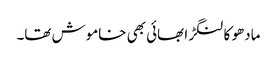
مادھو کا لنگڑا بھائی بھی خاموش تھا۔